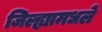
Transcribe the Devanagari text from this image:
जिल्ह्यामधले